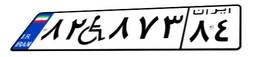
۹۷W۳۱۹۳۴